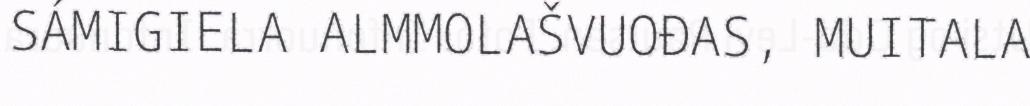
SÁMIGIELA ALMMOLAŠVUOĐAS, MUITALA